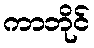
ကာဘိုင်